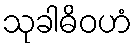
သုခါဓိဝဟံ